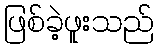
ဖြစ်ခဲ့ဖူးသည်